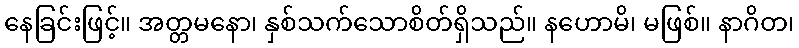
နေခြင်းဖြင့်။ အတ္တမနော၊ နှစ်သက်သောစိတ်ရှိသည်။ နဟောမိ၊ မဖြစ်။ နာဂိတ၊